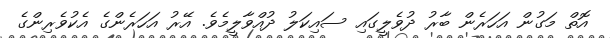
އޮތް މަގުން އަހަރެން ބާރު ދުވެލީގައި ސައިކަލު ދުއްވާލީމެވެ. އޭރު އަހަރެންގެ އެކުވެރިންގެ